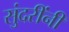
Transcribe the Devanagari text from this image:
सुंदरींनी